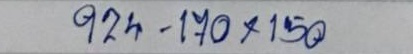
924 - 170 x 150